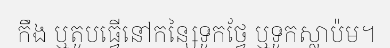
កឹង ឬតូបធ្វើនៅកន្សៃទូកថ្វែ ឬទូកស្លាប៉ម។